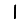
Digit: 1